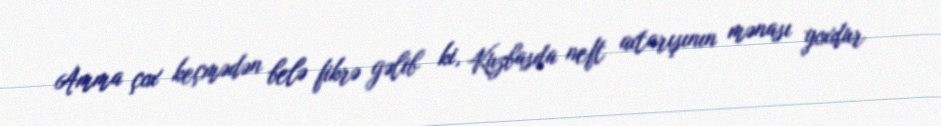
Amma çox keçmədən belə fikrə gəlib ki, Kuzbasda neft axtarışının mənası yoxdur